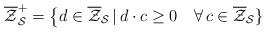
LaTeX: \begin{align*}\overline{\mathcal{Z}}_{\mathcal{S}}^+=\big\{d\in\overline{\mathcal{Z}}_{\mathcal{S}}\,\vert\, d\cdot c\geq 0 \quad\forall\,c\in \overline{\mathcal{Z}}_{\mathcal{S}}\}\end{align*}